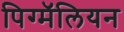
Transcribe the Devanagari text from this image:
पिग्मॅलियन